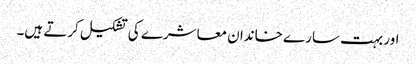
اور بہت سارے خاندان معاشرے کی تشکیل کرتے ہیں۔